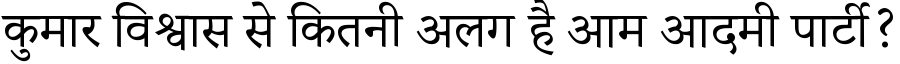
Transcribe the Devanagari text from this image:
कुमार विश्वास से कितनी अलग है आम आदमी पार्टी?